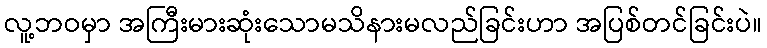
လူ့ဘဝမှာ အကြီးမားဆုံးသောမသိနားမလည်ခြင်းဟာ အပြစ်တင်ခြင်းပဲ။